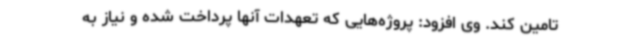
تامین کند. وی افزود: پروژه‌هایی که تعهدات آنها پرداخت شده و نیاز به